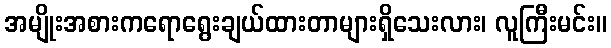
အမျိုးအစားကရောရွေးချယ်ထားတာများရှိသေးလား၊ လူကြီးမင်း။